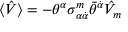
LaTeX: \langle \hat { V } \rangle = - \theta ^ { \alpha } \sigma _ { \alpha \dot { \alpha } } ^ { m } \bar { \theta } ^ { \dot { \alpha } } \hat { V } _ { m }